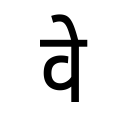
OCR:
वे